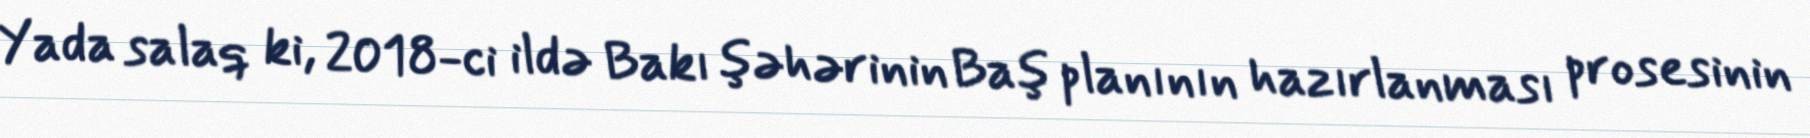
Yada salaq ki, 2018-ci ildə Bakı şəhərinin Baş planının hazırlanması prosesinin